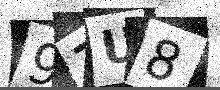
Text: 97U8